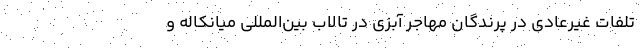
تلفات غیرعادی در پرندگان مهاجر آبزی در تالاب بین‌المللی میانکاله و